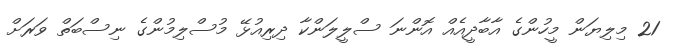
21 މިލިޔަން މީހުންގެ އާބާދީއެއް އޮންނަ ސްލީލަންކާ ދިރިއުޅޭ މުސްލިމުންގެ ނިސްބަތް ވަރަށް